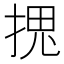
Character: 𭡏